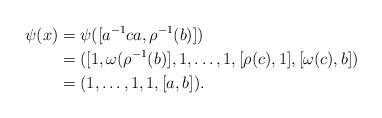
LaTeX: \begin{align*} \psi(x) &=\psi([a^{-1}ca, \rho^{-1}(b)])\\ &=([1,\omega(\rho^{-1}(b)],1,\dots,1,[\rho(c),1],[\omega(c),b])\\ &=(1,\dots,1,1,[a,b]). \end{align*}